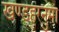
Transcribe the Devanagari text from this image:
खण्डहरनुमा